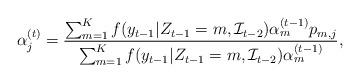
LaTeX: \begin{align*}\alpha_j^{(t)}=\frac{\sum_{m=1}^{K}{f(y_{t-1}|Z_{t-1}=m,\mathcal{I}_{t-2})}\alpha_m^{(t-1)}p_{m,j}}{\sum_{m=1}^{K}{f(y_{t-1}|Z_{t-1}=m,\mathcal{I}_{t-2})}\alpha_m^{(t-1)}},\end{align*}